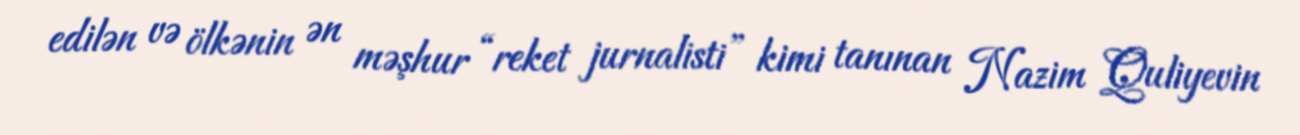
edilən və ölkənin ən məşhur “reket jurnalisti” kimi tanınan Nazim Quliyevin